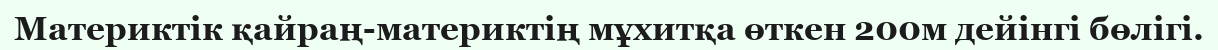
Материктік қайраң-материктің мұхитқа өткен 200м дейінгі бөлігі.